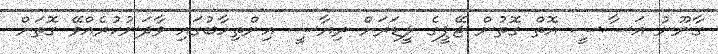
ގާނޫނު އަސާސީ އޮތް ގޮތުން ޖޭޕީގެ ލީޑަރަށް ރިޔާސީ އިންތިހާބުގައި ވާދަނުކުރެއްވޭ ގޮތަށް